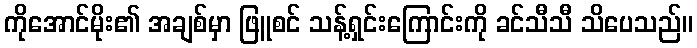
ကိုအောင်မိုး၏ အချစ်မှာ ဖြူစင် သန့်ရှင်းကြောင်းကို ခင်သီသီ သိပေသည်။